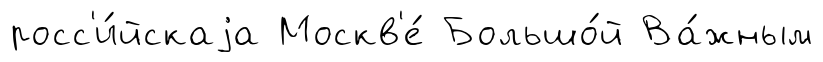
росс'и́йскаjа Москв'е́ Большо́й Ва́жным